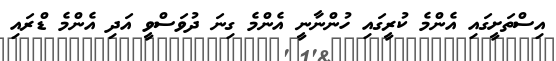
އިސްތަށީގައި އެންމެ ކުރީގައި ހުންނާނީ އެންމެ ގިނަ ދުވަސްވީ އަދި އެންމެ ޑްރައި